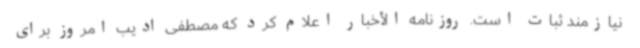
نیازمند ثبات است. روزنامه الأخبار اعلام کرد که مصطفی ادیب امروز برای